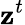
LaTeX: \mathbf{z}^{t}